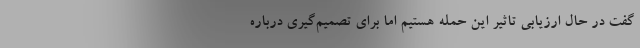
گفت در حال ارزیابی تاثیر این حمله هستیم اما برای تصمیم‌گیری درباره